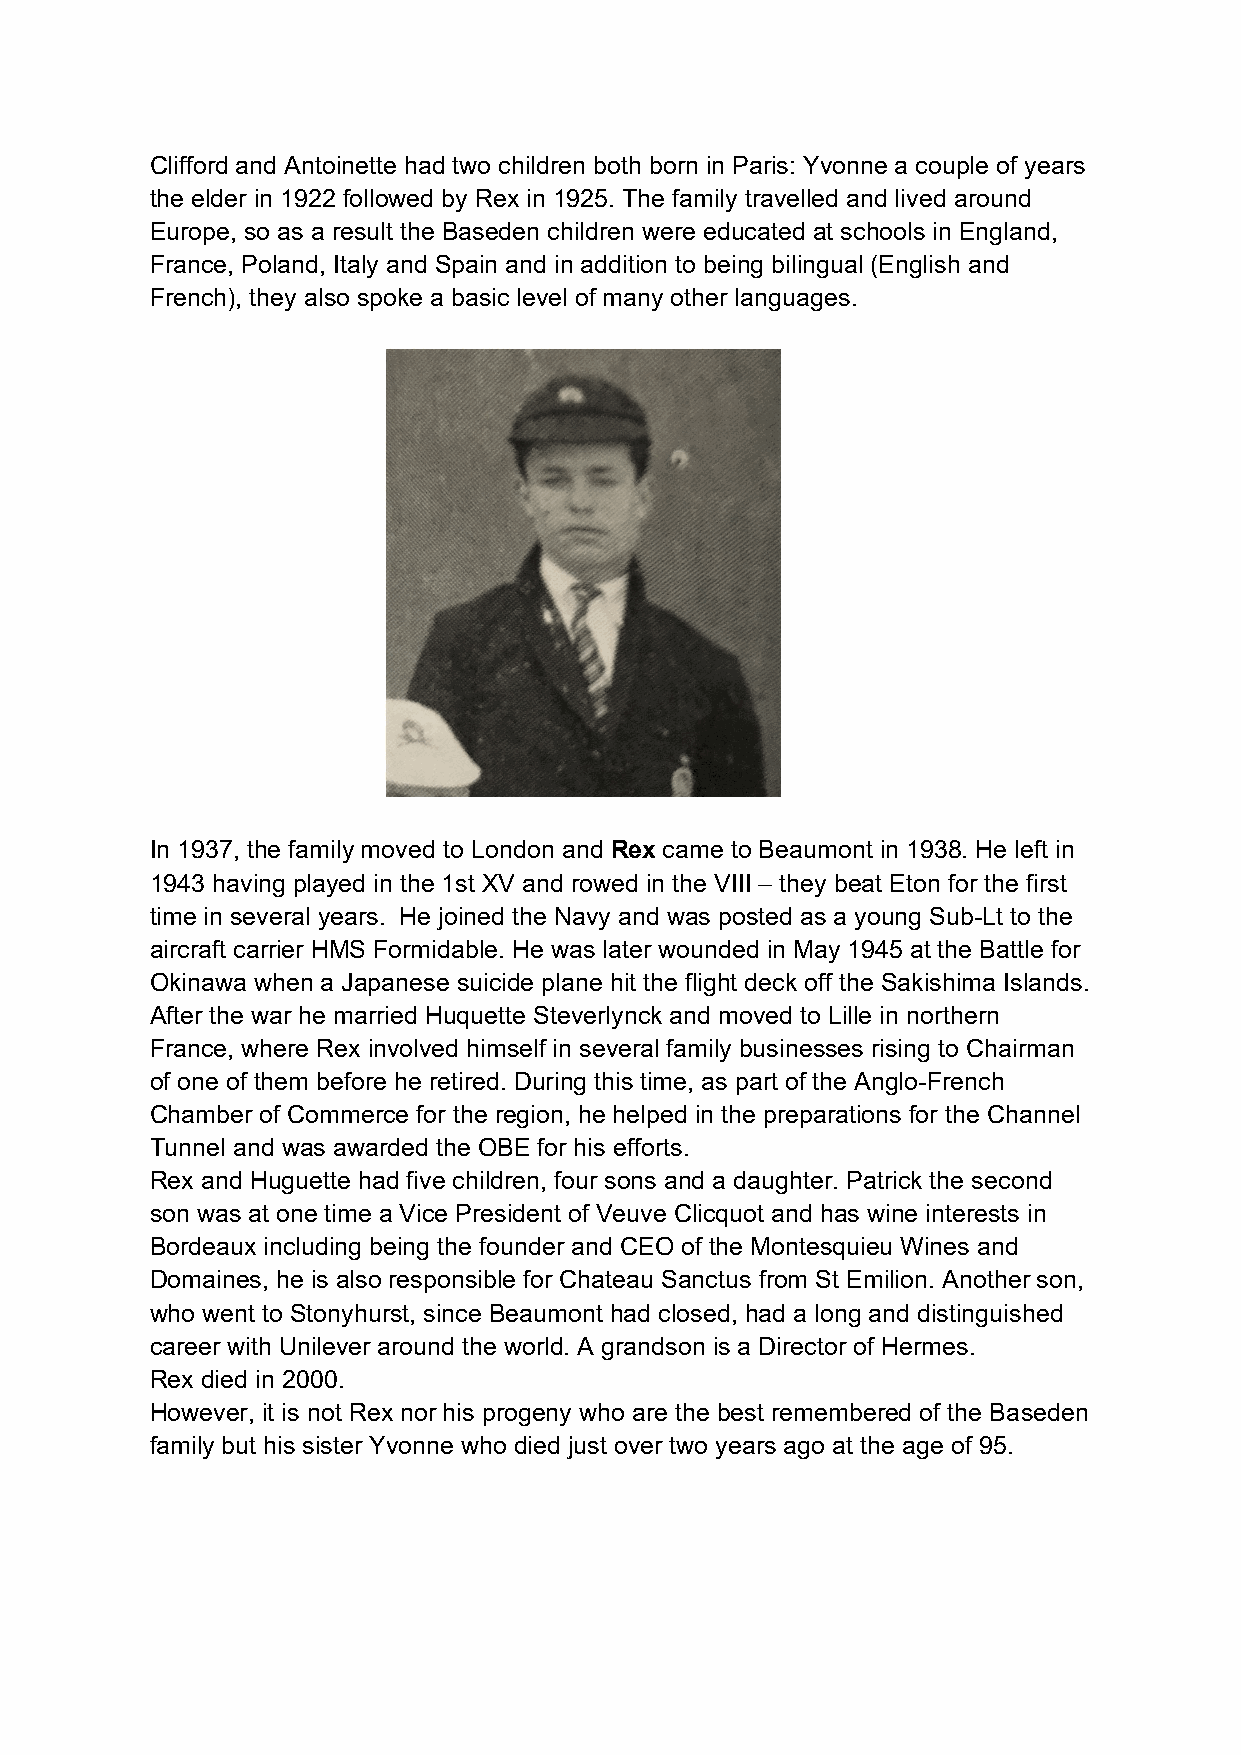
Clifford and Antoinette had two children both born in Paris: Yvonne a couple of years
 the elder in 1922 followed by Rex in 1925. The family travelled and lived around
 Europe, so as a result the Baseden children were educated at schools in England,
 France, Poland, Italy and Spain and in addition to being bilingual (English and
 French), they also spoke a basic level of many other languages.
 In 1937, the family moved to London and Rex came to Beaumont in 1938. He left in
 1943 having played in the 1st XV and rowed in the VIII – they beat Eton for the first
 time in several years. He joined the Navy and was posted as a young Sub-Lt to the
 aircraft carrier HMS Formidable. He was later wounded in May 1945 at the Battle for
 Okinawa when a Japanese suicide plane hit the flight deck off the Sakishima Islands.
 After the war he married Huquette Steverlynck and moved to Lille in northern
 France, where Rex involved himself in several family businesses rising to Chairman
 of one of them before he retired. During this time, as part of the Anglo-French
 Chamber of Commerce for the region, he helped in the preparations for the Channel
 Tunnel and was awarded the OBE for his efforts.
 Rex and Huguette had five children, four sons and a daughter. Patrick the second
 son was at one time a Vice President of Veuve Clicquot and has wine interests in
 Bordeaux including being the founder and CEO of the Montesquieu Wines and
 Domaines, he is also responsible for Chateau Sanctus from St Emilion. Another son,
 who went to Stonyhurst, since Beaumont had closed, had a long and distinguished
 career with Unilever around the world. A grandson is a Director of Hermes.
 Rex died in 2000.
 However, it is not Rex nor his progeny who are the best remembered of the Baseden
 family but his sister Yvonne who died just over two years ago at the age of 95.